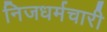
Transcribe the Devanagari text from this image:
निजधर्मचारी